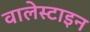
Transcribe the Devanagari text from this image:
वालेस्टाइन